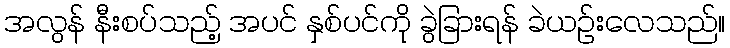
အလွန် နီးစပ်သည့် အပင် နှစ်ပင်ကို ခွဲခြားရန် ခဲယဉ်းလေသည်။